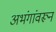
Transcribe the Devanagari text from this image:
अभंगांवरून